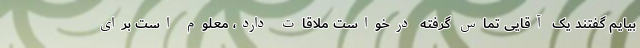
بیایم گفتند یک آقایی تماس گرفته درخواست ملاقات دارد، معلوم است برای